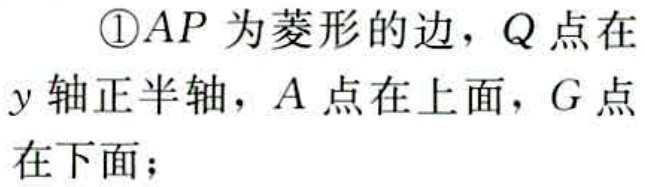
\textcircled{1}$AP$为菱形的边，$Q$点在
$y$轴正半轴，$A$点在上面，$G$点
在下面；